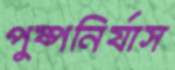
পুষ্পনির্যাস